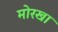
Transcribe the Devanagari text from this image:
मोरखा